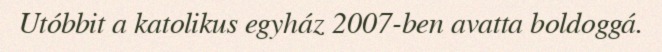
Utóbbit a katolikus egyház 2007-ben avatta boldoggá.